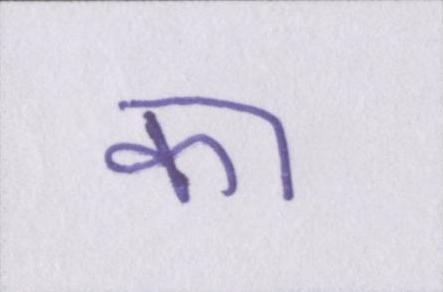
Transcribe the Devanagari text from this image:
का